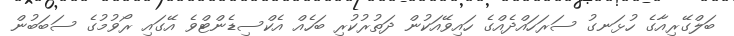
ބަލްގޭރިއާގެ ހުޅަނގު ސަރަހައްދެއްގެ ހައިވޭއަކުން ދަތުރުކުރި ބަހެއް އެކްސިޑެންޓްވެ އޭގައި ރޯވުމުގެ ސަބަބުން